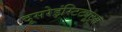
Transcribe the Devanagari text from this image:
दूसरेइंस्टिट्यूट्स